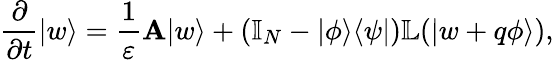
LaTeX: \frac{\partial}{\partial t}|w\rangle=\frac{1}{\varepsilon}\mathbf{A}|w\rangle+\left(\mathbb{I}_{N}-|\phi\rangle\langle\psi|\right)\mathbb{L}(|w+q\phi\rangle),